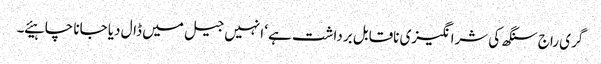
گری راج سنگھ کی شرانگیزی ناقابل برداشت ہے ‘ انہیں جیل میں ڈال دیا جانا چاہیئے ۔